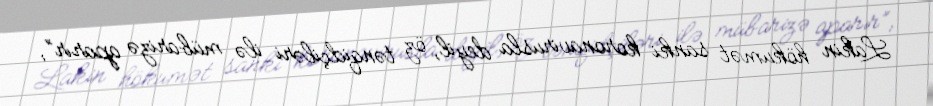
Lakin hökumət sanki koronavirusla deyil, öz tənqidçiləri ilə mübarizə aparır”,